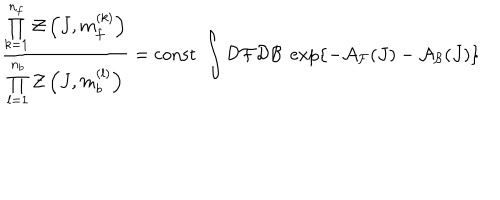
\frac { \prod _ { k = 1 } ^ { n _ { f } } { \mathcal { Z } } \left( J , m _ { f } ^ { ( k ) } \right) } { \prod _ { l = 1 } ^ { n _ { b } } { \mathcal { Z } } \left( J , m _ { b } ^ { ( l ) } \right) } = \mathrm { c o n s t } \; \int { \mathcal { D } } { \mathcal { F } } { \mathcal { D } } { \mathcal { B } } \; \exp \left\{ - { \mathcal { A } } _ { \mathcal { F } } ( J ) - { \mathcal { A } } _ { \mathcal { B } } ( J ) \right\}